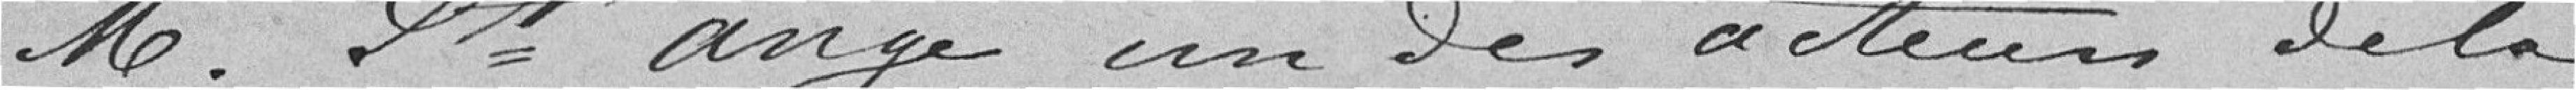
M. Saint ange un des acteurs de la